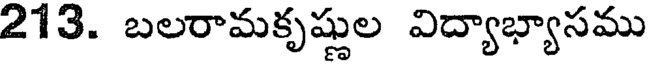
213. బలరామకృష్ణుల విద్యాభ్యాసము